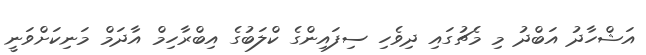
އަޝްހާދު އަބްދު މި މެޗުގައި ދިވެހި ސިފައިންގެ ކްލަބުގެ އިބްރާހިމް އާދަމް މަނިކަށްވަނީ